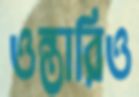
ওন্তারিও